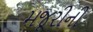
મજૂરીની